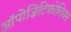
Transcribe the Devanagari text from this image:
ऑपोज़िटिफ़ोलियम